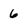
Character: 6